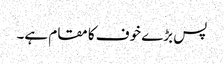
پس بڑے خوف کا مقام ہے۔